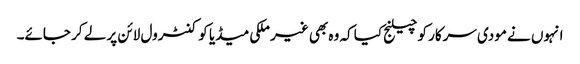
انہوں نے مودی سرکار کو چیلنج کیا کہ وہ بھی غیر ملکی میڈیا کو کنٹرول لائن پر لے کر جائے۔